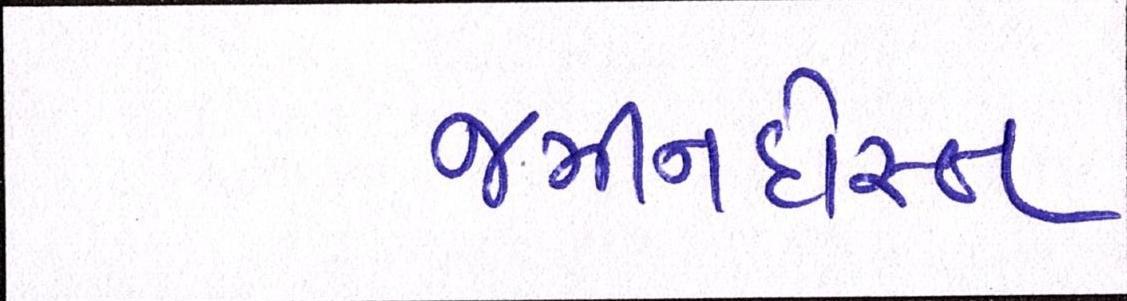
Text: જમીનદોસ્ત